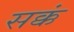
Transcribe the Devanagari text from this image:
सक्कं